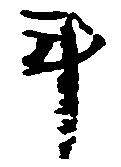
斗